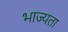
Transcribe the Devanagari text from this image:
भाज्यता